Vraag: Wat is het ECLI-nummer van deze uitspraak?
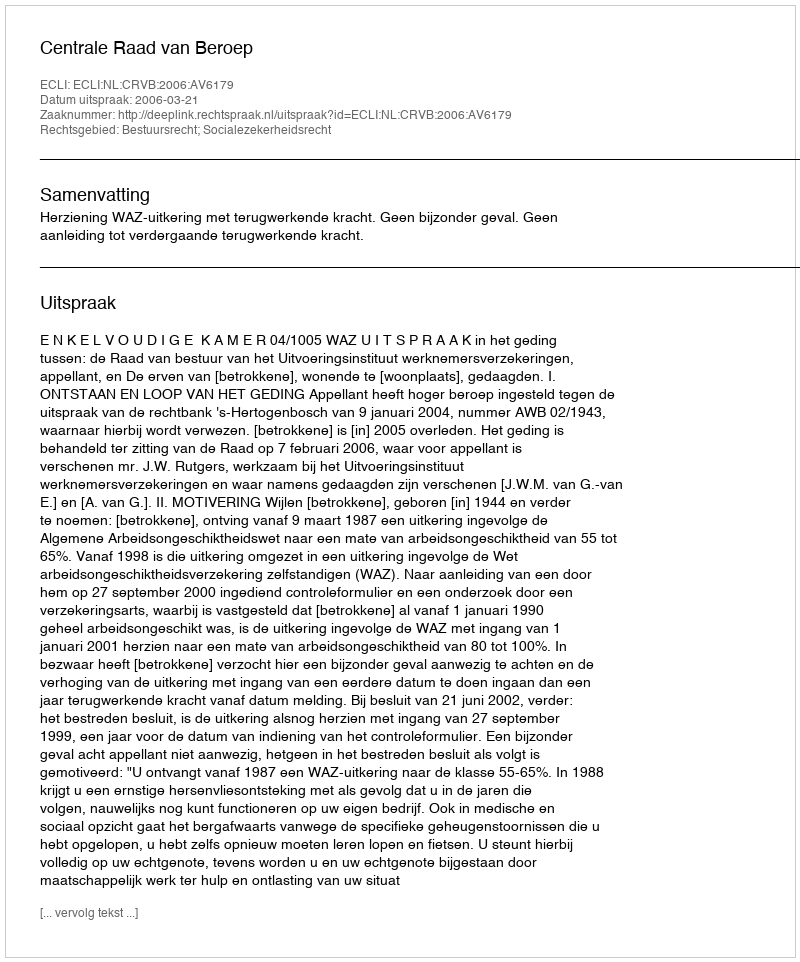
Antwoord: ECLI:NL:CRVB:2006:AV6179